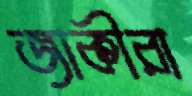
জাকীরা